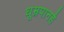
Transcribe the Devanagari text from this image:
धूम्रपानहै